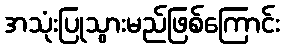
အသုံးပြုသွားမည်ဖြစ်ကြောင်း